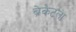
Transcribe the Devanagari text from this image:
ब्रेकेटला